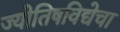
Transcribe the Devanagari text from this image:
ज्योतिषविद्येचा